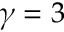
\gamma = 3